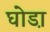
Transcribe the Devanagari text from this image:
घोडा़